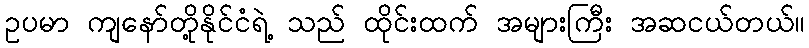
ဥပမာ ကျနော်တို့နိုင်ငံရဲ့ သည် ထိုင်းထက် အများကြီး အဆငယ်တယ်။